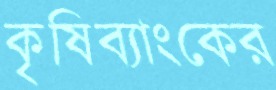
কৃষিব্যাংকের